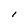
Character: l